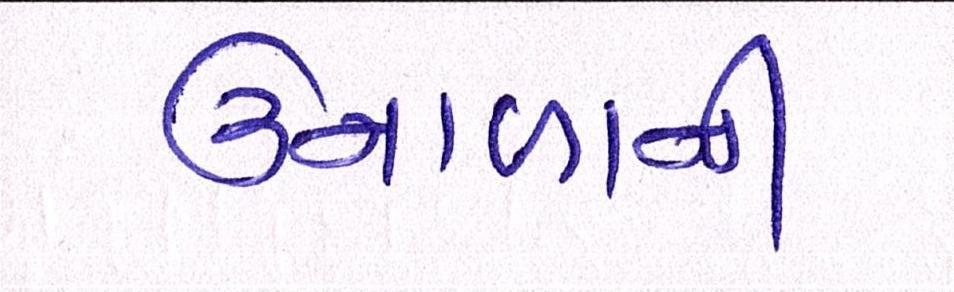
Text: ઉનાળાની